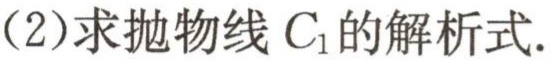
(2)求抛物线\(C_{1}\)的解析式.